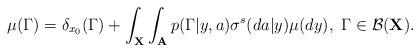
LaTeX: \begin{align*}\mu(\Gamma)=\delta_{x_0}(\Gamma)+\int_{\textbf{X}}\int_{\textbf{A}} p(\Gamma|y,a)\sigma^s(da|y)\mu(dy),~\Gamma\in{\cal B}(\textbf{X}).\end{align*}